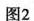
图2